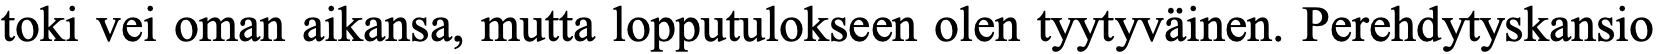
toki vei oman aikansa, mutta lopputulokseen olen tyytyväinen. Perehdytyskansio